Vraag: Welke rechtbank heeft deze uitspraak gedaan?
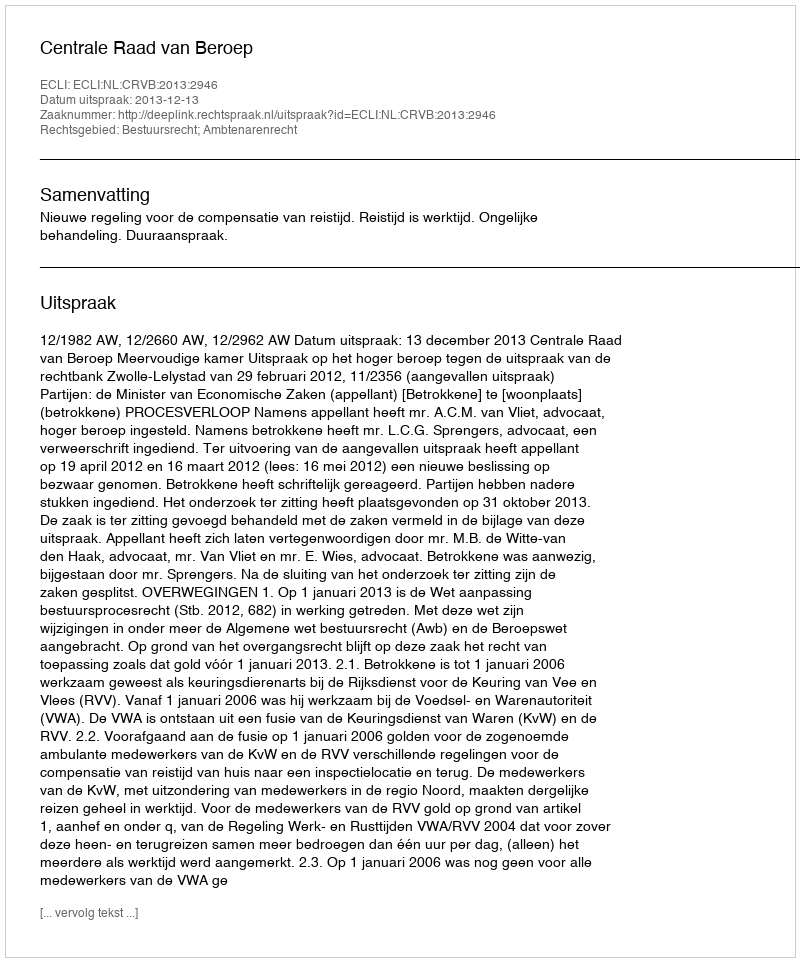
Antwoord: Centrale Raad van Beroep